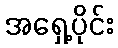
အရှေ့ပိုင်း